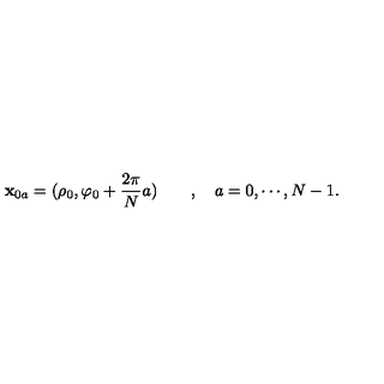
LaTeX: { \bf x } _ { 0 a } = ( \rho _ { 0 } , \varphi _ { 0 } + \frac { 2 \pi } { N } a ) \qquad , \quad a = 0 , \cdots , N - 1 .